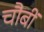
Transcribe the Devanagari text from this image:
चौबीं